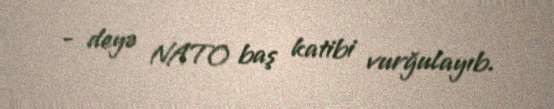
- deyə NATO baş katibi vurğulayıb.